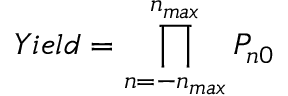
Y i e l d = \prod _ { n = - n _ { m a x } } ^ { n _ { m a x } } P _ { n 0 }